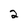
Character: 2